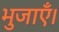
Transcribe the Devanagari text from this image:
भुजाएँ।